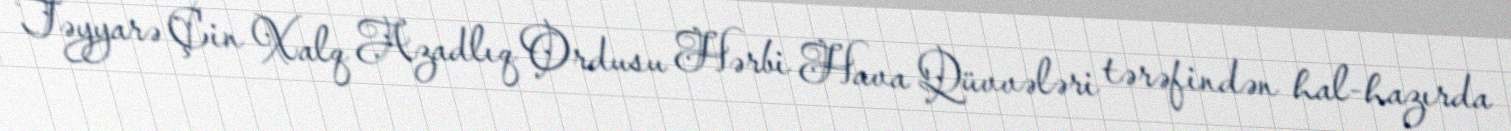
Təyyarə Çin Xalq Azadlıq Ordusu Hərbi Hava Qüvvələri tərəfindən hal-hazırda